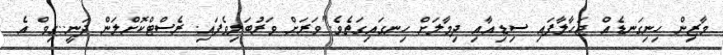
މާޒިން ހިނިގަނޑެއް ޖަހާލާފައި ސިޑިއާއި ދިމާލަށް ހިނގައިގަތެވެ."ވަރަށް ވަރުބަލިވެފައި. ރެސްޓްކޮށްލަން ދަނީ..ގިވް އެ